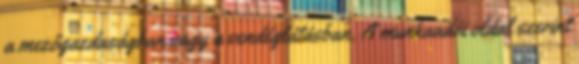
a mezőgazdaságban vagy a vendéglátásban. A munkaadói oldal szerint